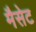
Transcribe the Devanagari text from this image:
मैसेट